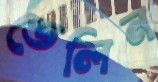
ডেলিন